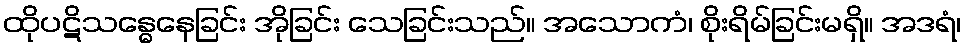
ထိုပဋိသန္ဓေနေခြင်း အိုခြင်း သေခြင်းသည်။ အသောကံ၊ စိုးရိမ်ခြင်းမရှိ။ အဒရံ၊